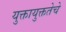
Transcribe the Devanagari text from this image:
युक्तायुक्ततेचे